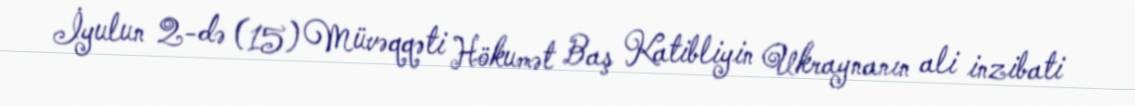
İyulun 2-də (15) Müvəqqəti Hökumət Baş Katibliyin Ukraynanın ali inzibati